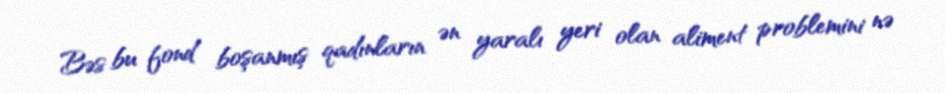
Bəs bu fond boşanmış qadınların ən yaralı yeri olan aliment problemini nə